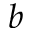
b